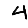
Digit: 4